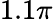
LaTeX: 1.1\pi